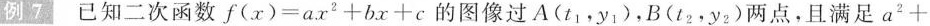
例7已知二次函数$$f(x)=ax^{2}+bx+c$$的图像过A(t_{1},y_{1})，B(t_{2}，y_{2})两点，且满足a^{2}+